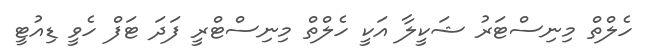
ހެލްތް މިނިސްޓަރު ޝަކީލާ އަކީ ހެލްތް މިނިސްޓްރީ ފަދަ ޓަފް ހެވީ ޑިއުޓީ